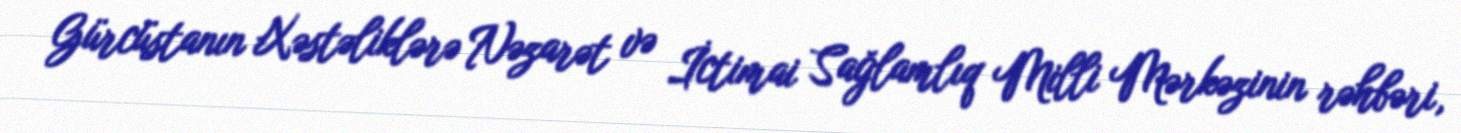
Gürcüstanın Xəstəliklərə Nəzarət və İctimai Sağlamlıq Milli Mərkəzinin rəhbəri,